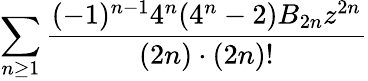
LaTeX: \sum_{n\geq 1}{\frac{(-1)^{n-1}4^{n}(4^{n}-2)B_{2n}z^{2n}}{(2n)\cdot(2n)!}}